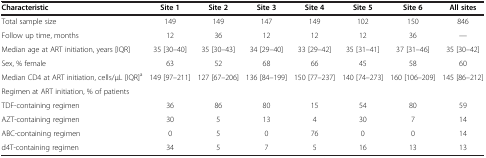
| Characteristic | Site 1 | Site 2 | Site 3 | Site 4 | Site 5 | Site 6 | All sites |
 | --- | --- | --- | --- | --- | --- | --- | --- |
 | Total sample size | 149 | 149 | 147 | 149 | 102 | 150 | 846 |
 | Follow up time, months | 12 | 36 | 12 | 12 | 12 | 36 | --- |
 | Median age at ART initiation, years [IQR] | 35 [30–40] | 35 [30–43] | 34 [29–40] | 33 [29–42] | 35 [31–41] | 37 [31–46] | 35 [30–42] |
 | Sex, % female | 63 | 52 | 68 | 66 | 45 | 58 | 60 |
 | Median CD4 at ART initiation, cells/μL [IQR]a | 149 [97–211] | 127 [67–206] | 136 [84–199] | 150 [77–237] | 140 [74–273] | 160 [106–209] | 145 [86–212] |
 | Regimen at ART initiation, % of patients |  |  |  |  |  |  |  |
 | TDF-containing regimen | 36 | 86 | 80 | 15 | 54 | 80 | 59 |
 | AZT-containing regimen | 30 | 5 | 13 | 4 | 30 | 7 | 14 |
 | ABC-containing regimen | 0 | 5 | 0 | 76 | 0 | 0 | 14 |
 | d4T-containing regimen | 34 | 5 | 7 | 5 | 16 | 13 | 13 |